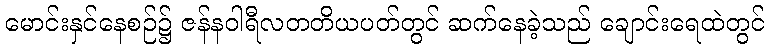
မောင်းနှင်နေစဉ်၌ ဇန်နဝါရီလတတိယပတ်တွင် ဆက်နေခဲ့သည် ချောင်းရေထဲတွင်